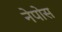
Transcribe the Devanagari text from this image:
नेपोस